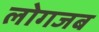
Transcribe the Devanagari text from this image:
लोगजब